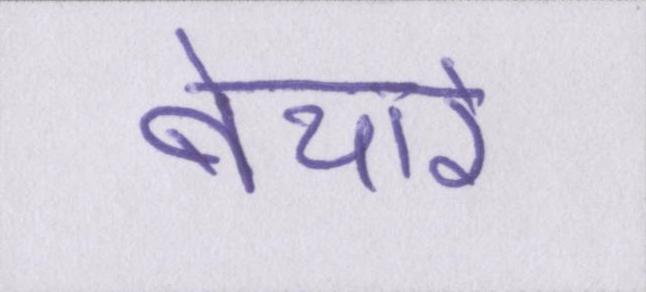
बेचारे